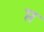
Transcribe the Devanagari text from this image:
प्त